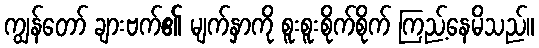
ကျွန်တော် ချားဗက်၏ မျက်နှာကို စူးစူးစိုက်စိုက် ကြည့်နေမိသည်။